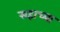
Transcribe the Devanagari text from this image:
सहाच्या